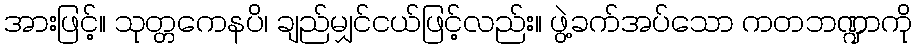
အားဖြင့်။ သုတ္တကေနပိ၊ ချည်မျှင်ငယ်ဖြင့်လည်း။ ဖွဲ့ခက်အပ်သော ကတဘဏ္ဍာကို